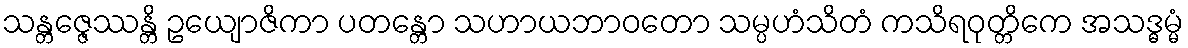
သန္တဇ္ဇေဿန္တိ ဥယျောဇိကာ ပတန္တော သဟာယဘာဝတော သမ္ပဟံသိတံ ကသိရဝုတ္တိကေ အသဒ္ဓမ္မံ